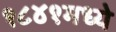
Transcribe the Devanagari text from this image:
१८४१मध्ये